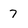
Character: 7